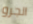
الجرو